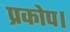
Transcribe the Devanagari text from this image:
प्रकोप।